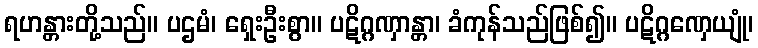
ရဟန္တားတို့သည်။ ပဌမံ၊ ရှေးဦးစွာ။ ပဋိဂ္ဂဏှာန္တာ၊ ခံကုန်သည်ဖြစ်၍။ ပဋိဂ္ဂဏှေယျုံ၊